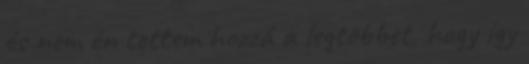
és nem én tettem hozzá a legtöbbet, hogy így